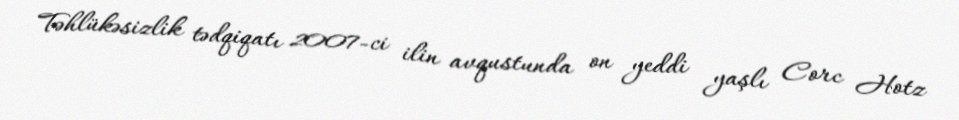
Təhlükəsizlik tədqiqatı 2007-ci ilin avqustunda on yeddi yaşlı Corc Hotz